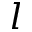
l